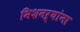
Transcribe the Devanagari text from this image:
मिशनऱ्यांना